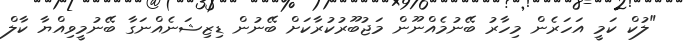
"ލުކް ކަމީ އަހަރެން މިހާރު ބޭނުމެއްނޫން މަޖުބޫރުކުރާކަށް ބޭނުން ޑިޒިޝަނެއްނަގާ ބޭނުމީވިއްޔާ ކާލް